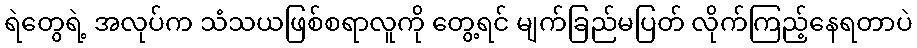
ရဲတွေရဲ့ အလုပ်က သံသယဖြစ်စရာလူကို တွေ့ရင် မျက်ခြည်မပြတ် လိုက်ကြည့်နေရတာပဲ